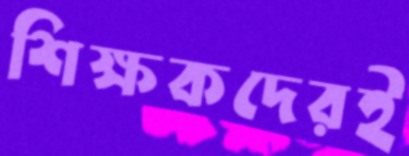
শিক্ষকদেরই